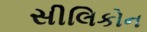
સીલિકોન